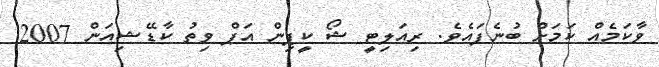
ވާކަމެއް ކަމަށް ބުނެފައެވެ. ރިއަލިޓީ ޝޯ ކީޕިން އަޕް ވިތު ކާޑޭޝިއަން 2007